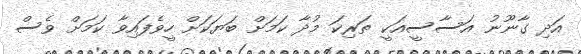
އަދި ގާނޫނު އަސާސީއަކީ ތަރިކަ މުދާ ކަމަށް ބަޔަކަށް ހީވެފައިވާ ކަމަށް ވެސް